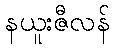
နယူးဇီလန်